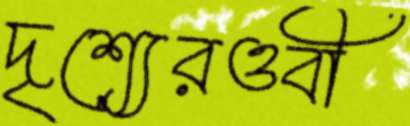
দৃশ্যেরওবী